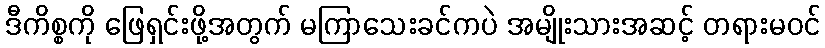
ဒီကိစ္စကို ဖြေရှင်းဖို့အတွက် မကြာသေးခင်ကပဲ အမျိုးသားအဆင့် တရားမဝင်